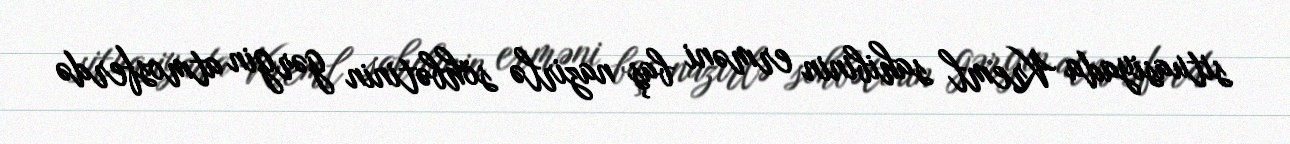
situasiyada Kreml sahibinin erməni baş nazirlə söhbətinin gərgin atmosferdə